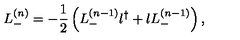
L _ { - } ^ { ( n ) } = - \frac 1 2 \left( L _ { - } ^ { ( n - 1 ) } l ^ { \dag } + l L _ { - } ^ { ( n - 1 ) } \right) ,